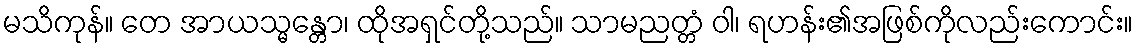
မသိကုန်။ တေ အာယသ္မန္တော၊ ထိုအရှင်တို့သည်။ သာမညတ္တံ ဝါ၊ ရဟန်း၏အဖြစ်ကိုလည်းကောင်း။